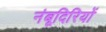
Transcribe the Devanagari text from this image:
नंबूदिरियों